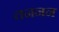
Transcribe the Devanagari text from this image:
तननन